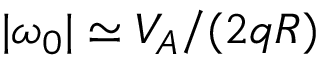
| \omega _ { 0 } | \simeq V _ { A } / ( 2 q R )